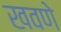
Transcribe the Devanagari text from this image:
खवणे